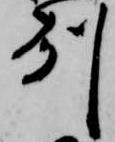
州